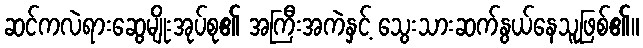
ဆင်ကလဲရားဆွေမျိုးအုပ်စု၏ အကြီးအကဲနှင့် သွေးသားဆက်နွယ်နေသူဖြစ်၏။